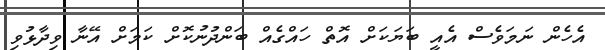
އެހެން ނަމަވެސް އެއީ ބަޔަކަށް އޮތް ހައްގެއް ބަންދުނުކޮށް ކަމަށް އޭނާ ވިދާޅުވި